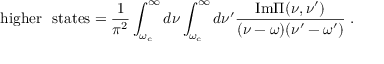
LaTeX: \mathrm { h i g h e r ~ ~ s t a t e s } = \frac { 1 } { \pi ^ { 2 } } \int _ { \omega _ { c } } ^ { \infty } d \nu \int _ { \omega _ { c } } ^ { \infty } d \nu ^ { \prime } \frac { \mathrm { I m } \Pi ( \nu , \nu ^ { \prime } ) } { ( \nu - \omega ) ( \nu ^ { \prime } - \omega ^ { \prime } ) } \; .